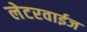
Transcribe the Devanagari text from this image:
लेटरवाईज